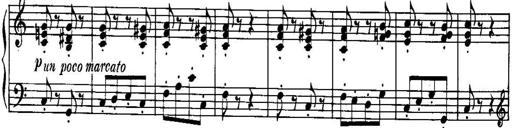
Title: Piano Sonatina No.1, Op.146
Composer: Stephen Heller